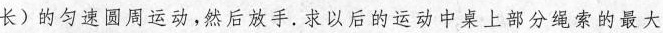
长)的匀速圆周运动，然后放手。求以后的运动中桌上部分绳索的最大